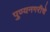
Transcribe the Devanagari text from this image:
पुण्यनगरीचे